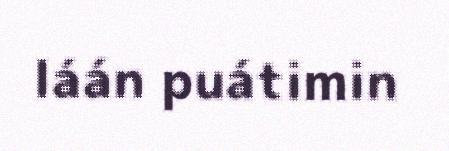
láán puátimin